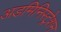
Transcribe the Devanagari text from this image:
अडमिनिस्ट्रेशन